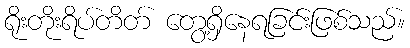
ရိုးတိုးရိပ်တိတ် တွေ့ရှိနေရခြင်းဖြစ်သည်။